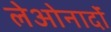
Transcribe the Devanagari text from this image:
लेओनार्दों